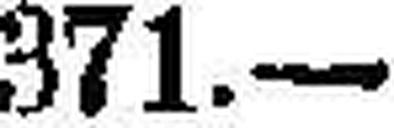
371.—